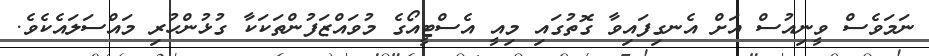
ނަމަވެސް ވީނިއުސް އަށް އެނގިފައިވާ ގޮތުގައި މިއީ އެސްޓީއޯގެ މުވައްޒަފުންތަކަކާ ގުޅުންހުރި މައްސަލައެކެވެ.